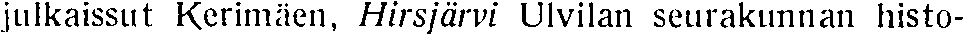
julkaissut Kerimäen, Hirsjärvi Ulvilan seurakunnan histo-